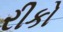
રીકો